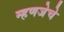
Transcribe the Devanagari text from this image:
म्हणजेचे